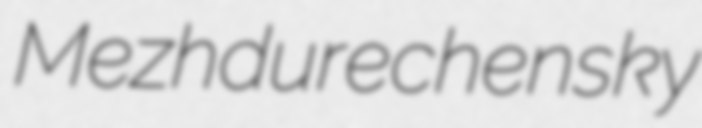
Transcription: Mezhdurechensky